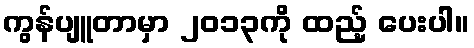
ကွန်ပျူတာမှာ ၂၀၁၃ကို ထည့် ပေးပါ။